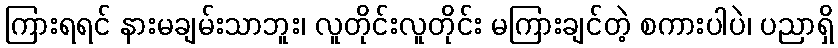
ကြားရရင် နားမချမ်းသာဘူး၊ လူတိုင်းလူတိုင်း မကြားချင်တဲ့ စကားပါပဲ၊ ပညာရှိ